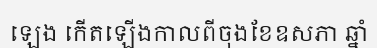
ឡេង កើតឡើងកាលពីចុងខែឧសភា ឆ្នាំ